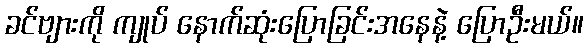
ခင်ဗျားကို ကျုပ် နောက်ဆုံးပြောခြင်းအနေနဲ့ ပြောဦးမယ်။